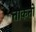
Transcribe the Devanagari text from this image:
ताकतो